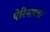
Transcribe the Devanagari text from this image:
पेरिनाल्डो